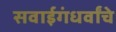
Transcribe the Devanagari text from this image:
सवाईगंधर्वांचे